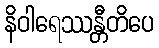
နိဝါရေဿန္တီတိပေ